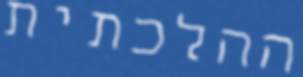
ההלכתית